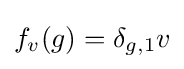
f_{v}(g)=\delta _{g,1}v